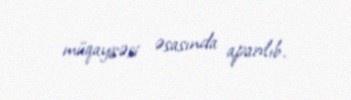
müqayisəsi əsasında aparılıb.